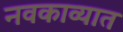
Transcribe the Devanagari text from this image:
नवकाव्यात